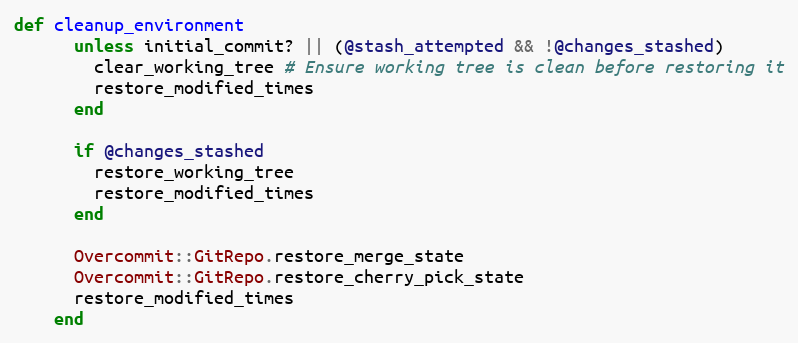
Language: Ruby
def cleanup_environment
      unless initial_commit? || (@stash_attempted && !@changes_stashed)
        clear_working_tree # Ensure working tree is clean before restoring it
        restore_modified_times
      end

      if @changes_stashed
        restore_working_tree
        restore_modified_times
      end

      Overcommit::GitRepo.restore_merge_state
      Overcommit::GitRepo.restore_cherry_pick_state
      restore_modified_times
    end